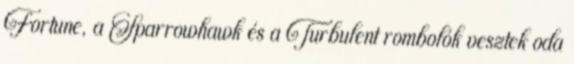
Fortune, a Sparrowhawk és a Turbulent rombolók vesztek oda